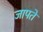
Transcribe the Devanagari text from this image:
जापते